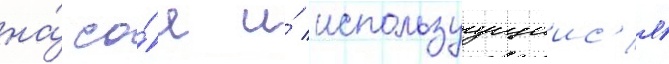
на́ со́е и́ используущиис'я